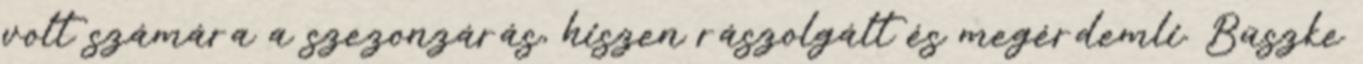
volt számára a szezonzárás, hiszen rászolgált és megérdemli. Büszke